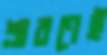
শ্রাবণেই